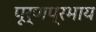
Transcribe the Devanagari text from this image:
पूर्णप्रभाय